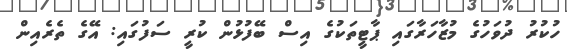
ހުކުރު ދުވަހުގެ މުޒާހަރާގައި ޕާޓީތަކުގެ އިސް ބޭފުޅުން ކުރީ ސަފުގައި: އޭގެ ތެރެއިން